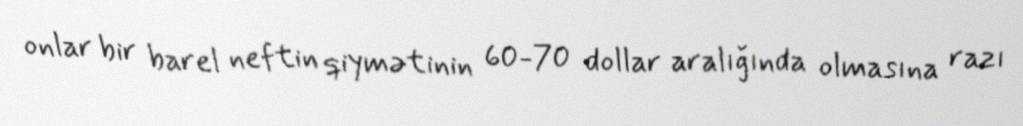
onlar bir barel neftin qiymətinin 60-70 dollar aralığında olmasına razı